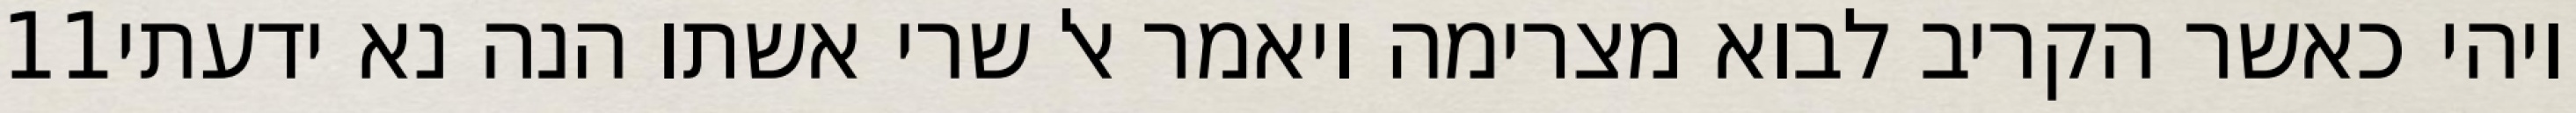
‎11‏ ויהי כאשר הקריב לבוא מצרימה ויאמר אל שרי אשתו הנה נא ידעתי